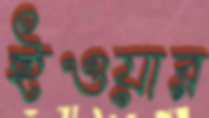
ইওয়ার